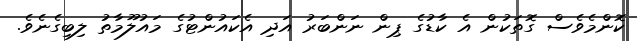
ކޮންމެވެސް ގޮތަކުން އެ ކާޑުގެ ޕިން ނަންބަރު އަދި އެކައުންޓުގެ މައުލޫމާތު ލިބިގެނެވެ.